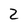
Character: 2